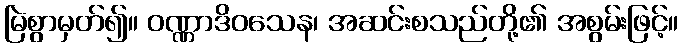
မြဲစွာမှတ်၍။ ဝဏ္ဏာဒိဝသေန၊ အဆင်းစသည်တို့၏ အစွမ်းဖြင့်။